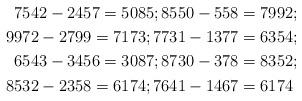
LaTeX: \begin{align*}7542-2457 = 5085; 8550-558 &= 7992;\\9972-2799 = 7173; 7731-1377 &= 6354; \\6543-3456 = 3087; 8730-378 &= 8352;\\8532-2358 = 6174; 7641-1467&=6174\end{align*}